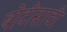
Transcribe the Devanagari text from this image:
बोटीसाठी